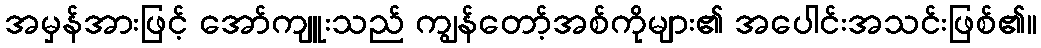
အမှန်အားဖြင့် အော်ကျူးသည် ကျွန်တော့်အစ်ကိုများ၏ အပေါင်းအသင်းဖြစ်၏။